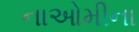
નાઓમીના